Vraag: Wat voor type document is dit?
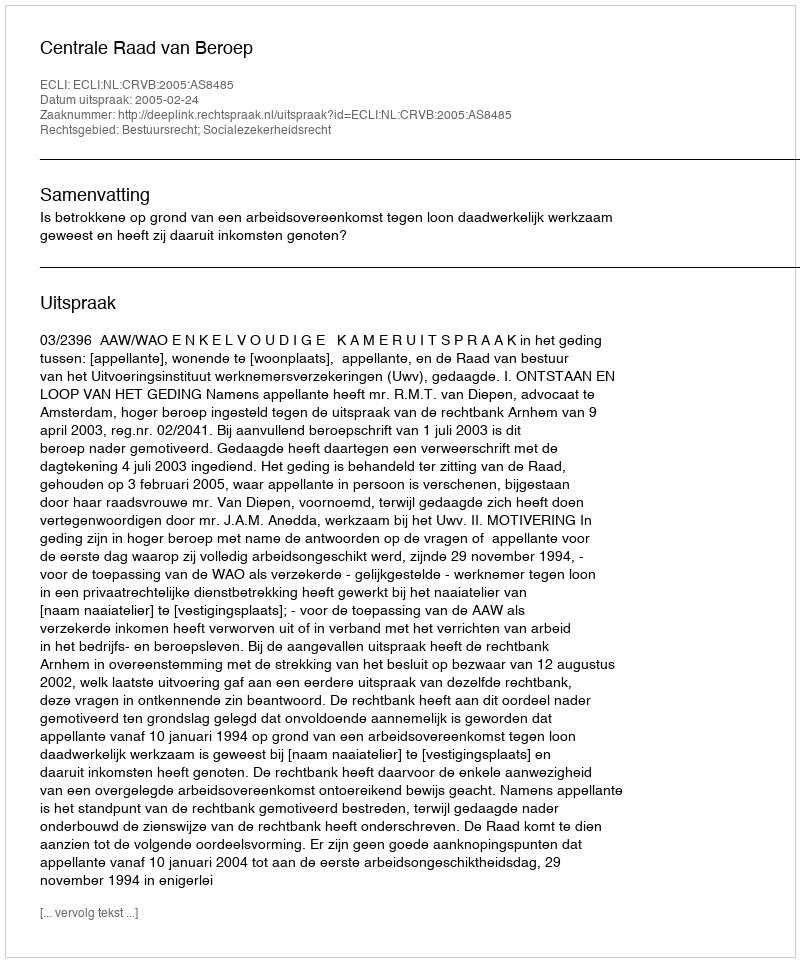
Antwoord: Uitspraak